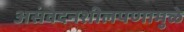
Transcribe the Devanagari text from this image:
असंवेदनशीलपणामुळे